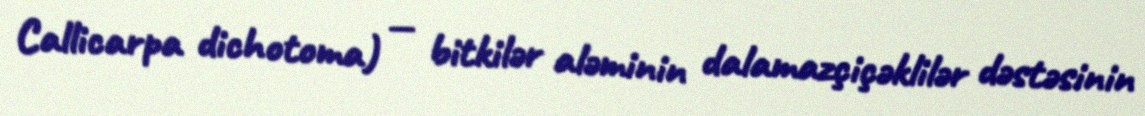
Callicarpa dichotoma) — bitkilər aləminin dalamazçiçəklilər dəstəsinin